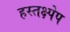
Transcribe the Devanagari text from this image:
हस्तक्ष्पेप